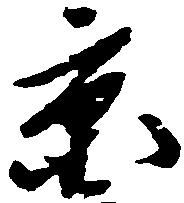
京